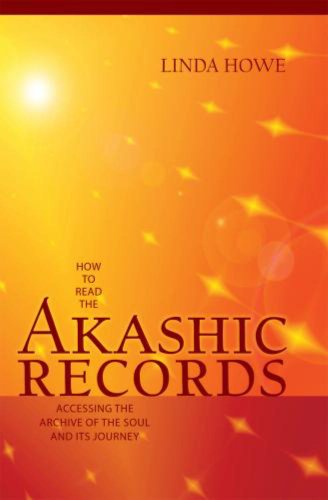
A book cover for How to Read the Akashic Records: Accessing the Archive of the Soul and Its Journey; Linda Howe; Religion & Spirituality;